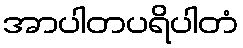
အာပါတပရိပါတံ